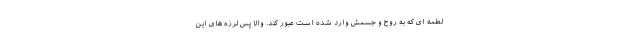
لطمه ای که به روح و جسمش وارد شده است عبور کند. والا پس لرزه های این